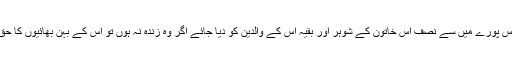
پھر اس پورے میں سے نصف اُس خاتون کے شوہر اور بقیہ اُس کے والدین کو دیا جائے اگر وہ زندہ نہ ہوں تو اُس کے بہن بھائیوں کا حق ہے۔